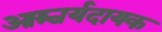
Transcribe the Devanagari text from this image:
आश्चर्यदायक